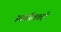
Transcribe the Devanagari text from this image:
स्वयंसेवकही